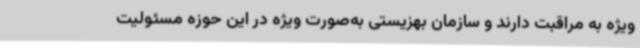
ویژه به مراقبت دارند و سازمان بهزیستی به‌صورت ویژه در این حوزه مسئولیت